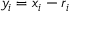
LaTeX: y _ { i } = x _ { i } - r _ { i }